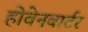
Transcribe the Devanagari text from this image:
होवेनवार्टर